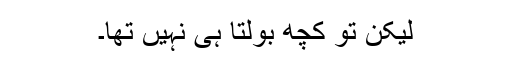
لیکن تو کچھ بولتا ہی نہیں تھا۔